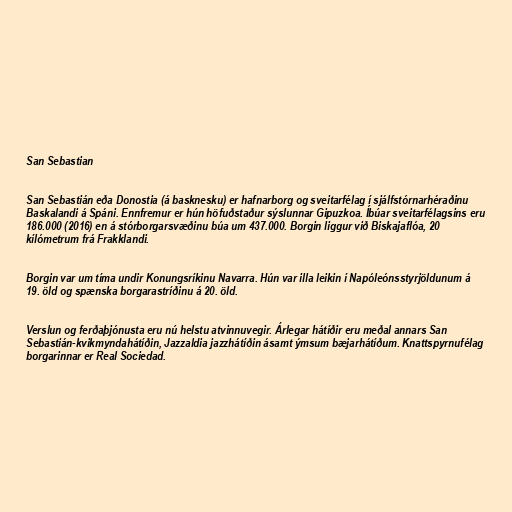
San Sebastian

San Sebastián eða Donostia (á basknesku) er hafnarborg og sveitarfélag í sjálfstórnarhéraðinu
Baskalandi á Spáni. Ennfremur er hún höfuðstaður sýslunnar Gipuzkoa. Íbúar sveitarfélagsins eru
186.000 (2016) en á stórborgarsvæðinu búa um 437.000. Borgin liggur við Biskajaflóa, 20
kílómetrum frá Frakklandi.

Borgin var um tíma undir Konungsríkinu Navarra. Hún var illa leikin í Napóleónsstyrjöldunum á
19. öld og spænska borgarastríðinu á 20. öld.

Verslun og ferðaþjónusta eru nú helstu atvinnuvegir. Árlegar hátíðir eru meðal annars San
Sebastián-kvikmyndahátíðin, Jazzaldia jazzhátíðin ásamt ýmsum bæjarhátíðum. Knattspyrnufélag
borgarinnar er Real Sociedad.